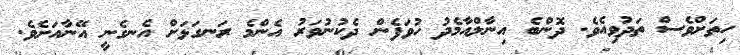
ހިތަށްވެސް ތަދުވިއެވެ. ދޮންބެ އިނާލްއާމެދު ހުވަފެން ދެކުނުވަރު އެންމެ ރަނގަޅަށް އެނގެނީ އޭނާއަށެވެ.